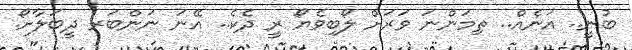
ބުނީ.. އަނެއް.. ތިމަންނަ ވަރަށް ލޯބިވެޔޯ ރީ ދެކެ.. އޭނަ ނަންބަރ ދީބަލާށޯ.